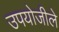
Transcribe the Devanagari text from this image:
उपयोजीले